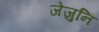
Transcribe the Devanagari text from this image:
जेजुनि